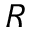
R